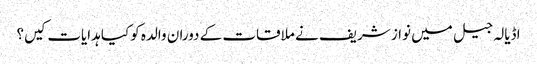
اڈیالہ جیل میں نواز شریف نے ملاقات کے دوران والدہ کوکیا ہدایات کیں؟